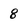
Character: 8